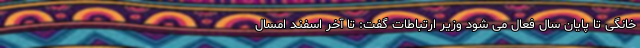
خانگی تا پایان سال فعال می شود وزیر ارتباطات گفت: تا آخر اسفند امسال